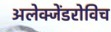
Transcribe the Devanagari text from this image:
अलेक्जेंडरोविच